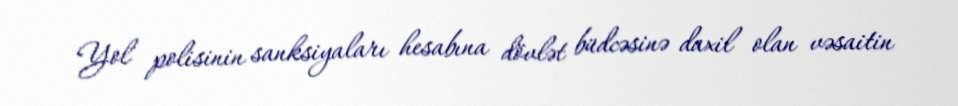
Yol polisinin sanksiyaları hesabına dövlət büdcəsinə daxil olan vəsaitin